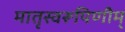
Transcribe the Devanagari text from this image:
मातृस्वरूपिणीम्